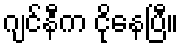
ဂျင်နီက ငိုနေပြီ။